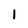
Character: 1